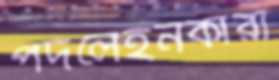
পদলেহনকারী